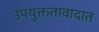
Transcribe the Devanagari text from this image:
उपयुक्ततावादात